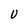
Character: U